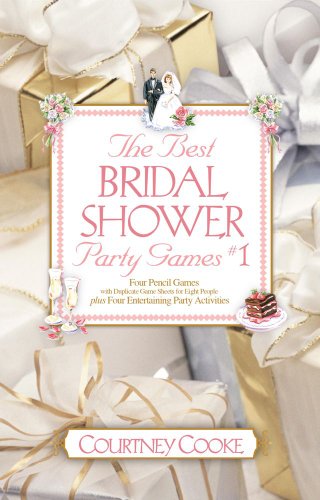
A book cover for The Best Bridal Shower Party Games & Activities, #1 (Party Games and Activities); Courtney Cooke; Crafts, Hobbies & Home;